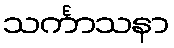
သင်္ကာသနာ